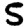
Digit: 5